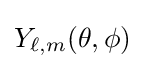
Y_{\ell ,m}(\theta ,\phi )